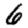
Digit: 6